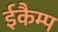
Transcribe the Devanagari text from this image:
ईकैम्प